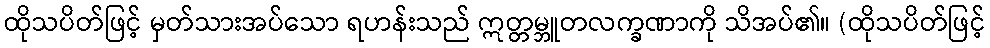
ထိုသပိတ်ဖြင့် မှတ်သားအပ်သော ရဟန်းသည် ဣတ္တမ္ဘူတလက္ခဏာကို သိအပ်၏။ (ထိုသပိတ်ဖြင့်